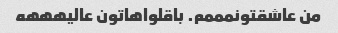
من عاشقتونمممم. باقلواهاتون عالیهههه